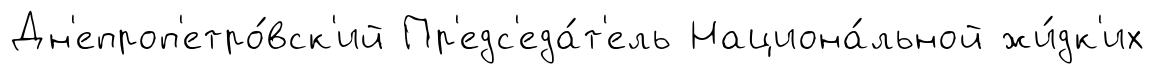
Дн'епроп'етро́вск'ий Пр'едс'еда́т'ель Национа́льной жи́дк'их